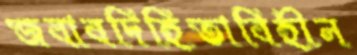
জবাবদিহিতাবিহীন